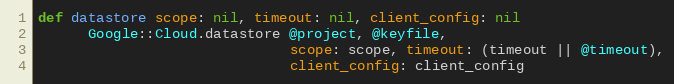
Language: Ruby
def datastore scope: nil, timeout: nil, client_config: nil
      Google::Cloud.datastore @project, @keyfile,
                              scope: scope, timeout: (timeout || @timeout),
                              client_config: client_config